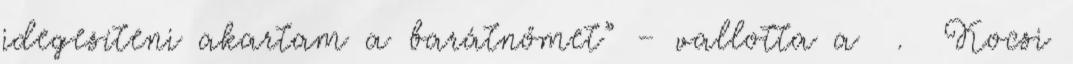
idegesíteni akartam a barátnőmet” – vallotta a . Kocsi